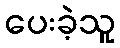
ပေးခဲ့သူ